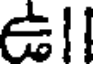
ఉll